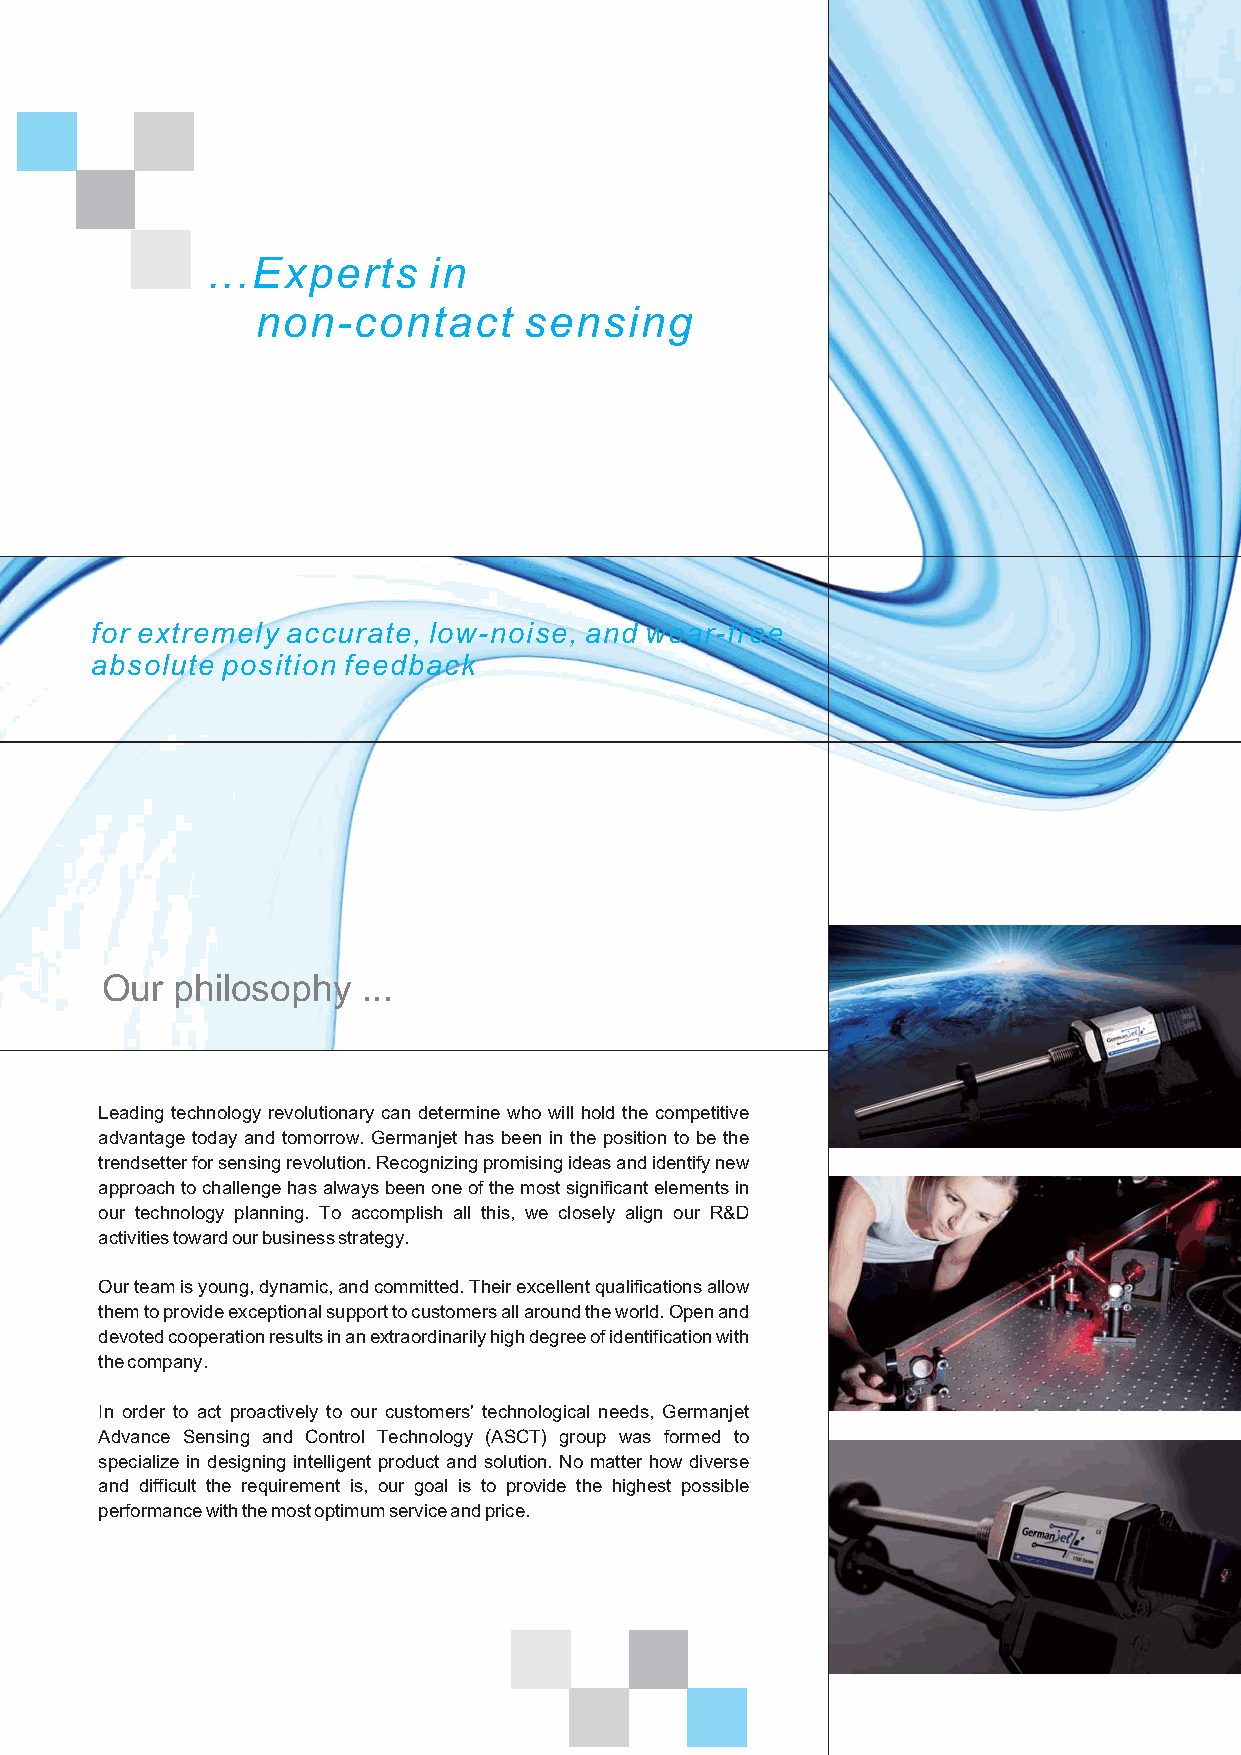
...Experts    in
 non-contact       sensing
 for extremely accurate, low-noise, and wear-free
 absolute position feedback
 Our  philosophy  ...
 Leading technology revolutionary can determine who will hold the competitive
 advantage today and tomorrow. Germanjet has been in the position to be the
 trendsetterforsensingrevolution.Recognizingpromisingideasandidentifynew
 approachtochallengehasalwaysbeenoneofthemostsignificantelementsin
 our technology planning. To accomplish all this, we closely align our R&D
 activitiestowardourbusinessstrategy.
 Ourteamisyoung,dynamic,andcommitted.Theirexcellentqualificationsallow
 themtoprovideexceptionalsupporttocustomersallaroundtheworld.Openand
 devotedcooperationresultsinanextraordinarilyhighdegreeofidentificationwith
 thecompany.
 In order to act proactively to our customers' technological needs, Germanjet
 Advance Sensing and Control Technology (ASCT) group was formed to
 specialize in designing intelligent product and solution. No matter how diverse
 and difficult the requirement is, our goal is to provide the highest possible
 performancewiththemostoptimumserviceandprice.